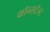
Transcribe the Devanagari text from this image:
कॉन्सटॅन्ट